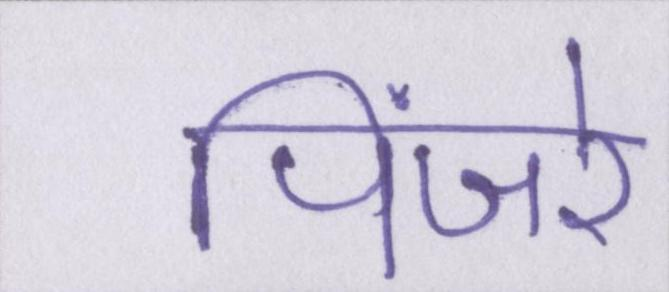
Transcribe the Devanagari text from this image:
पिंजरे